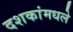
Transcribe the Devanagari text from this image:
दशकांमधले